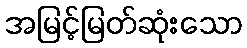
အမြင့်မြတ်ဆုံးသော